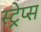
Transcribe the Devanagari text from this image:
स्ट्रेप्स